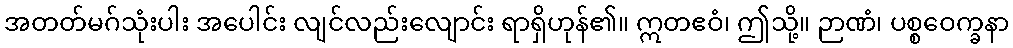
အတတ်မဂ်သုံးပါး အပေါင်း လျင်လည်းလျောင်း ရာရှိဟုန်၏။ ဣတဧဝံ၊ ဤသို့။ ဉာဏံ၊ ပစ္စဝေက္ခနာ